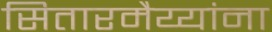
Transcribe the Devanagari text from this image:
सितारमैय्यांना